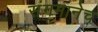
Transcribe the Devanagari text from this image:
संगमानेच